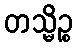
တသ္မိဉ္စ